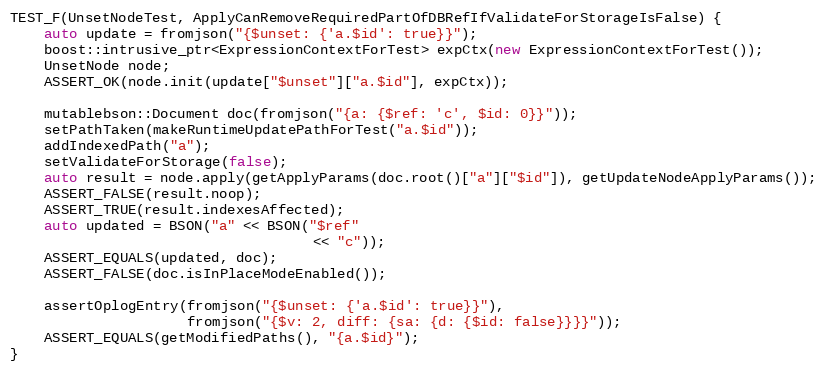
Language: C++
TEST_F(UnsetNodeTest, ApplyCanRemoveRequiredPartOfDBRefIfValidateForStorageIsFalse) {
    auto update = fromjson("{$unset: {'a.$id': true}}");
    boost::intrusive_ptr<ExpressionContextForTest> expCtx(new ExpressionContextForTest());
    UnsetNode node;
    ASSERT_OK(node.init(update["$unset"]["a.$id"], expCtx));

    mutablebson::Document doc(fromjson("{a: {$ref: 'c', $id: 0}}"));
    setPathTaken(makeRuntimeUpdatePathForTest("a.$id"));
    addIndexedPath("a");
    setValidateForStorage(false);
    auto result = node.apply(getApplyParams(doc.root()["a"]["$id"]), getUpdateNodeApplyParams());
    ASSERT_FALSE(result.noop);
    ASSERT_TRUE(result.indexesAffected);
    auto updated = BSON("a" << BSON("$ref"
                                    << "c"));
    ASSERT_EQUALS(updated, doc);
    ASSERT_FALSE(doc.isInPlaceModeEnabled());

    assertOplogEntry(fromjson("{$unset: {'a.$id': true}}"),
                     fromjson("{$v: 2, diff: {sa: {d: {$id: false}}}}"));
    ASSERT_EQUALS(getModifiedPaths(), "{a.$id}");
}